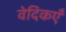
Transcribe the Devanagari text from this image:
वेदिकएँ